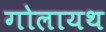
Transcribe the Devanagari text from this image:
गोलायथ